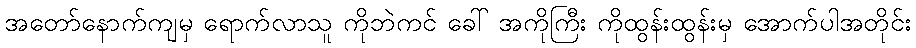
အတော်နောက်ကျမှ ရောက်လာသူ ကိုဘဲကင် ခေါ် အကိုကြီး ကိုထွန်းထွန်းမှ အောက်ပါအတိုင်း